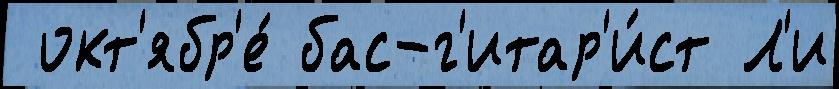
 окт'ябр'е́ бас-г'итар'и́ст Л'и